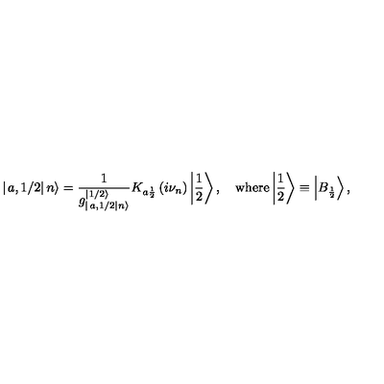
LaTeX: \left| \left. a , 1 / 2 \right| n \right\rangle = \frac { 1 } { g _ { \left| \left. a , 1 / 2 \right| n \right\rangle } ^ { \left| 1 / 2 \right\rangle } } K _ { a \frac { 1 } { 2 } } \left( i \nu _ { n } \right) \left| \frac { 1 } { 2 } \right\rangle , \quad \mathrm { w h e r e } \left| \frac { 1 } { 2 } \right\rangle \equiv \left| B _ { \frac { 1 } { 2 } } \right\rangle ,